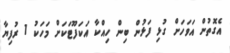
އެގޮތުން އަވަހަށް ގުޅި ފަޅުން ބިން ހިއްކާ އަކަފޫޓަކަށް މަހަކު 1 ރުފިޔާ